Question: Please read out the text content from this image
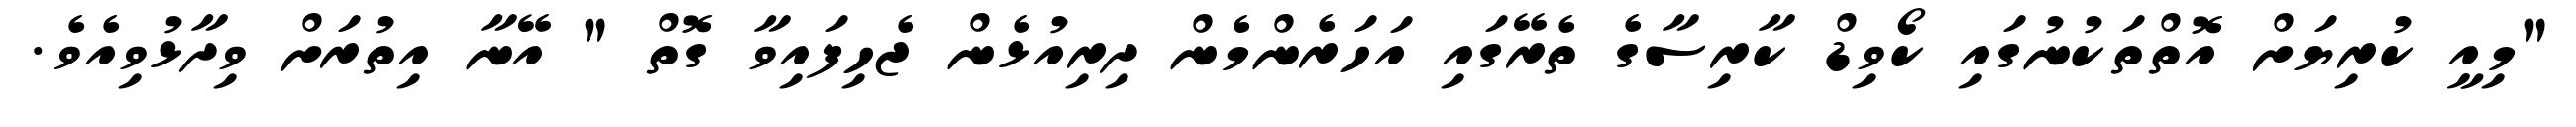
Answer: "މިއީ ކުރިޔަށް އޮތްތަކުނުގައި ކޯވިޑް ކާރިސާގެ ތެރޭގައި އަހަރެންމެން ދިރިއުޅެން ޖެހިފައިވާ ގޮތް " އޭނާ އިތުރަށް ވިދާޅުވިއެވެ.